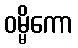
ဝမ္မိကော